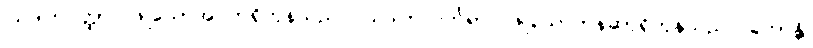
ဩဒါတဝတ္ထာ၊ ဖြူသောအဝတ်ရှိကုန်သည်။ ဩဒါတလင်္ကရာ၊ ဖြူသောတန်ဆာရှိကုန်သည်။ ဟောန္တိ၊